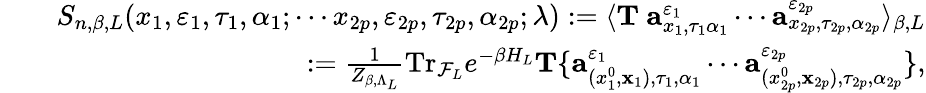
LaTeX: \begin{array}{rlr}&{}&{S_{n,\beta,L}(x_{1},\varepsilon_{1},\tau_{1},\alpha_{1};\cdots x_{2p},\varepsilon_{2p},\tau_{2p},\alpha_{2p};\lambda):=\langle{\mathbf T}\ {\mathbf a}_{x_{1},\tau_{1}\alpha_{1}}^{\varepsilon_{1}}\cdots{\mathbf a}_{x_{2p},\tau_{2p},\alpha_{2p}}^{\varepsilon_{2p}}\rangle_{\beta,L}}\\ &{}&{\quad\quad\quad:=\frac{1}{Z_{\beta,\Lambda_{L}}}\mathrm{Tr}_{{\cal F}_{L}}e^{-\beta H_{L}}{\mathbf T}\{ {\mathbf a}_{({x_{1}^{0}},{\mathbf x}_{1}),\tau_{1},\alpha_{1}}^{\varepsilon_{1}}\cdots{\mathbf a}_{({x_{2p}^{0}},{\mathbf x}_{2p}),\tau_{2p},\alpha_{2p}}^{\varepsilon_{2p}}\} ,}\end{array}